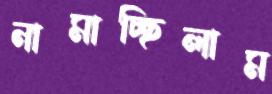
নামাচ্ছিলাম